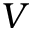
V